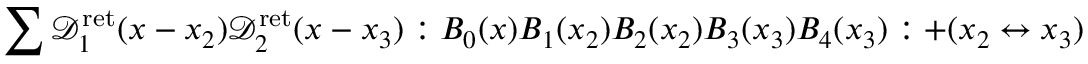
\sum \mathcal { D } _ { 1 } ^ { \mathrm { r e t } } ( x - x _ { 2 } ) \mathcal { D } _ { 2 } ^ { \mathrm { r e t } } ( x - x _ { 3 } ) : B _ { 0 } ( x ) B _ { 1 } ( x _ { 2 } ) B _ { 2 } ( x _ { 2 } ) B _ { 3 } ( x _ { 3 } ) B _ { 4 } ( x _ { 3 } ) : + ( x _ { 2 } \leftrightarrow x _ { 3 } )